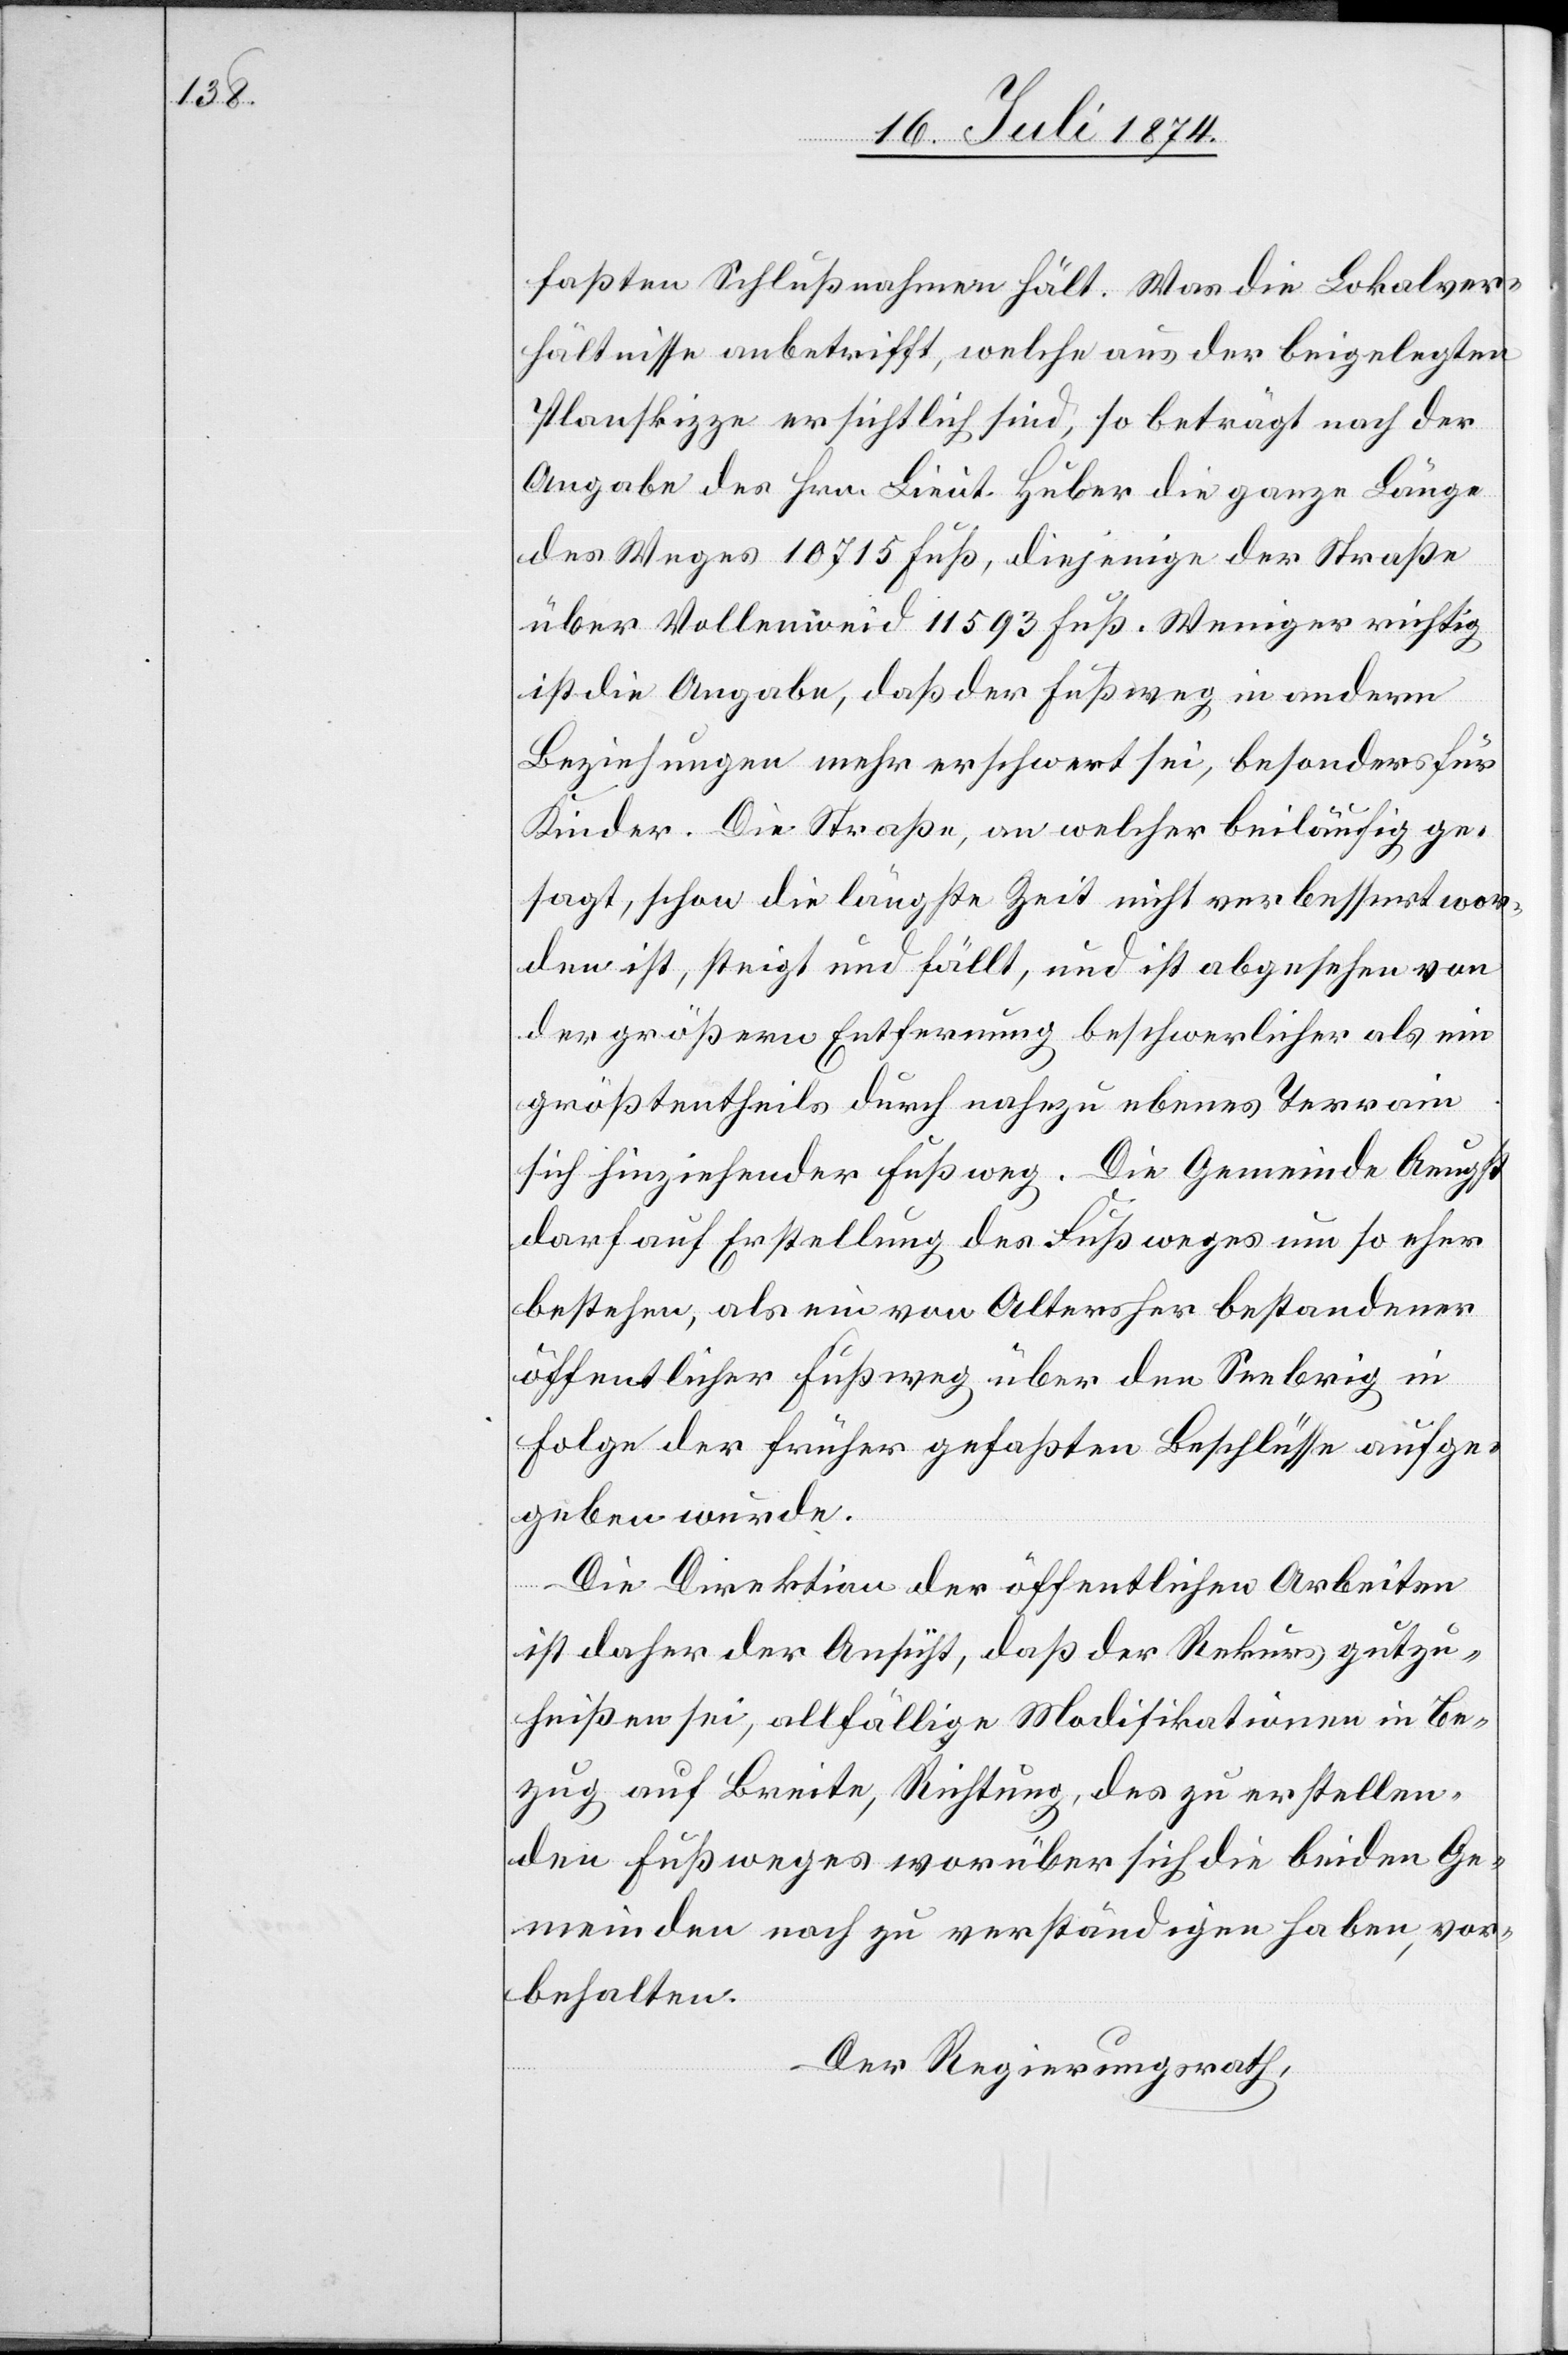
faßte Schlußnahme hält. Was die Lokalver¬
hältnisse anbetrifft, welche aus der beigelegten
Planskizze ersichtlich sind, so beträgt nach der
Angabe des Hrn. Lieut. Huber die ganze Länge
des Weges 10715 Fuß, diejenige der Straße
über Vollenweid 11593 Fuß. Weniger richtig
ist die Angabe, daß der Fußweg in andern
Beziehungen mehr erschwert sei, besonders für
Kinder. Die Straße, an welcher beiläufig ge¬
sagt, schon die längste Zeit nichts verbessert wor¬
den ist, steigt und fällt, und ist abgesehen von
der größern Entfernung beschwerlicher als ein
größtentheils durch nahezu ebenes Terrain
sich hinziehender Fußweg. Die Gemeinde Aeugst
darf auf Erstellung des Fußweges um so eher
bestehen, als ein von Altersher bestandener
öffentlicher Fußweg über den Seebrig in
Folge der früher gefaßten Beschlüsse aufge¬
geben wurde.
Die Direktion der öffentlichen Arbeiten
ist daher der Ansicht, daß der Rekurs gutzu¬
heißen sei, allfällige Modifikationen in Be¬
zug auf Breite, Richtung, des zu erstellen¬
den Fußweges worüber sich die beiden Ge¬
meinden noch zu verständigen haben, vor¬
behalten.
Der Regierungsrath,